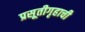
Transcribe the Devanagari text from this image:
प्रसूतीगृहाची